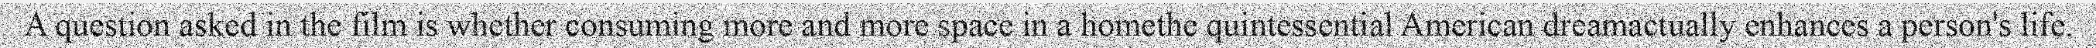
A question asked in the film is whether consuming more and more space in a homethe quintessential American dreamactually enhances a person's life.